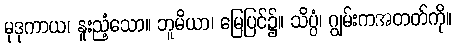
မုဒုကာယ၊ နူးညံ့သော။ ဘူမိယာ၊ မြေပြင်၌။ သိပ္ပံ၊ ဂျွမ်းကအတတ်ကို။